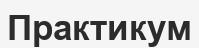
Практикум